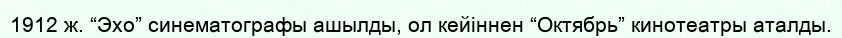
1912 ж. “Эхо” синематографы ашылды, ол кейіннен “Октябрь” кинотеатры аталды.